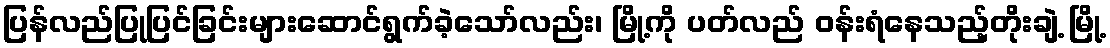
ပြန်လည်ပြုပြင်ခြင်းများဆောင်ရွက်ခဲ့သော်လည်း၊ မြို့ကို ပတ်လည် ဝန်းရံနေသည့်တိုးချဲ့ မြို့